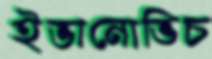
ইভানোভিচ